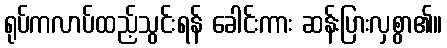
ရုပ်ကလာပ်ထည့်သွင်းရန် ခေါင်းကား ဆန်းပြားလှစွာ၏။